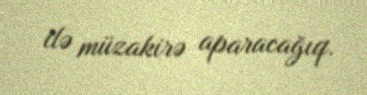
ilə müzakirə aparacağıq.